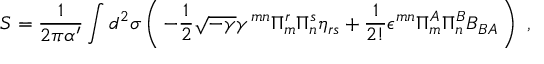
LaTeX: S = \frac { 1 } { 2 \pi \alpha ^ { \prime } } \int d ^ { 2 } \sigma \left( \, - \frac { 1 } { 2 } \sqrt { - \gamma } \gamma ^ { m n } \Pi _ { m } ^ { r } \Pi _ { n } ^ { s } \eta _ { r s } + \frac { 1 } { 2 ! } \epsilon ^ { m n } \Pi _ { m } ^ { A } \Pi _ { n } ^ { B } B _ { B A } \, \right) ~ ,